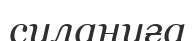
сулануға